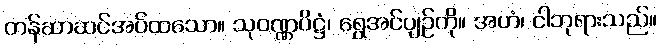
တန်ဆာဆင်အပ်ထသော။ သုဝဏ္ဏပိဋ္ဌံ၊ ရွှေအင်ပျဉ်ကို။ အဟံ၊ ငါဘုရားသည်။